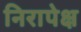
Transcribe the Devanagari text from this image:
निरापेक्ष